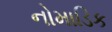
નોમાડિક